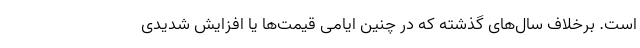
است. برخلاف سال‌های گذشته که در چنین ایامی قیمت‌ها یا افزایش شدیدی